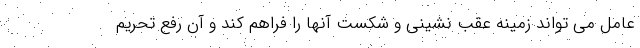
عامل می تواند زمینه عقب نشینی و شکست آنها را فراهم کند و آن رفع تحریم